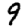
Digit: 9